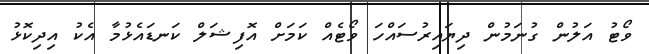
ވޯޓު އަލުން ގުނަމުން ދިޔައިރުސައްހަ ވޯޓެއް ކަމަށް އޮފިޝަލް ކަނޑައެޅުމާ އެކު އިދިކޮޅު